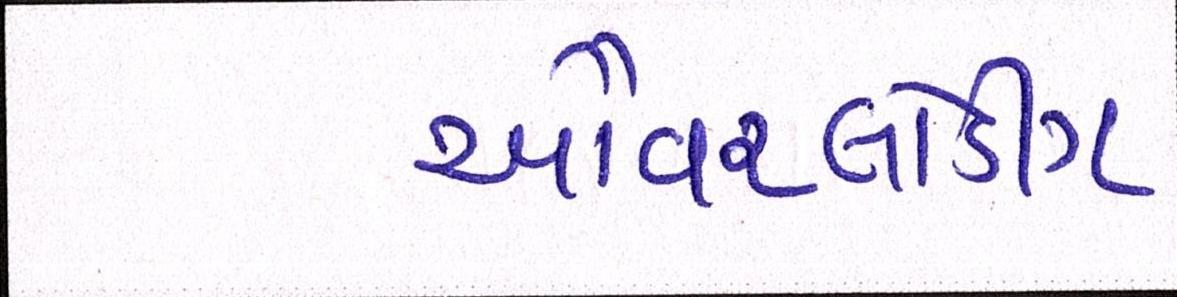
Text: ઓવરલોડીંગ